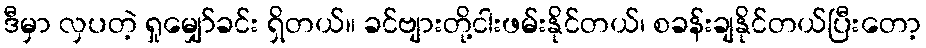
ဒီမှာ လှပတဲ့ ရှုမျှော်ခင်း ရှိတယ်။ ခင်ဗျားတို့ငါးဖမ်းနိုင်တယ်၊ စခန်းချနိုင်တယ်ပြီးတော့